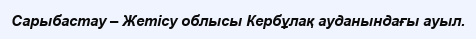
Сарыбастау – Жетісу облысы Кербұлақ ауданындағы ауыл.